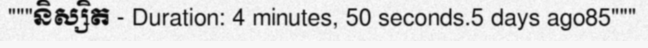
"""និស្សិត - Duration: 4 minutes, 50 seconds.5 days ago85"""